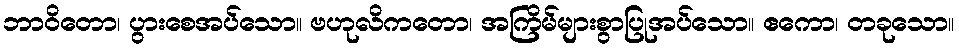
ဘာဝိတော၊ ပွားစေအပ်သော။ ဗဟုလိကတော၊ အကြိမ်များစွာပြုအပ်သော။ ဧကော၊ တခုသော။